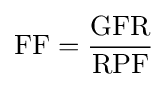
{\text{FF}}={\frac {\text{GFR}}{\text{RPF}}}